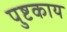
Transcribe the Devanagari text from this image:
पुष्टकाय